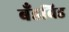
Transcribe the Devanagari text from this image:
बँडविड